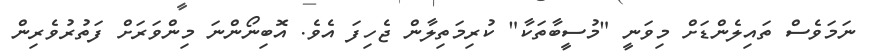
ނަމަވެސް ތައިލެންޑަށް މިވަނީ "މުސީބާތަކާ" ކުރިމަތިލާން ޖެހިފަ އެވެ. އޮބިނޯންނަ މިންވަރަށް ފަތުރުވެރިން